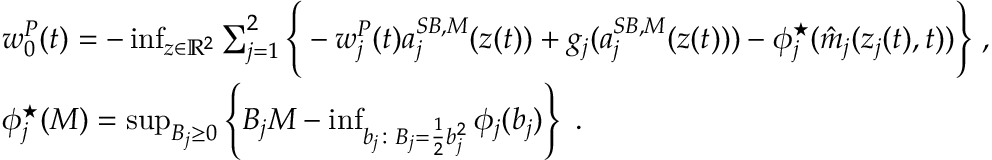
\begin{array} { r l } & { w _ { 0 } ^ { P } ( t ) = - \operatorname* { i n f } _ { z \in \mathbb { R } ^ { 2 } } \sum _ { j = 1 } ^ { 2 } \Bigg \{ - w _ { j } ^ { P } ( t ) { a } _ { j } ^ { S B , M } ( z ( t ) ) + g _ { j } ( { a } _ { j } ^ { S B , M } ( z ( t ) ) ) - \phi _ { j } ^ { \star } ( \hat { m } _ { j } ( z _ { j } ( t ) , t ) ) \Bigg \} \; , } \\ & { \phi _ { j } ^ { \star } ( M ) = \operatorname* { s u p } _ { B _ { j } \geq 0 } \left\{ B _ { j } M - \operatorname* { i n f } _ { b _ { j } \colon B _ { j } = \frac 1 2 b _ { j } ^ { 2 } } \phi _ { j } ( b _ { j } ) \right\} \; . } \end{array}